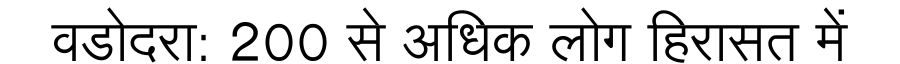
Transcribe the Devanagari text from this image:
वडोदरा: 200 से अधिक लोग हिरासत में